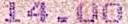
14.00